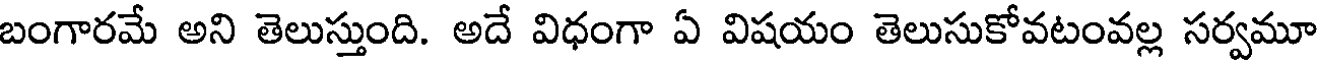
బంగారమే అని తెలుస్తుంది. అదే విధంగా ఏ విషయం తెలుసుకోవటంవల్ల సర్వమూ